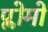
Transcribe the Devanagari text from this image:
प्लोमो